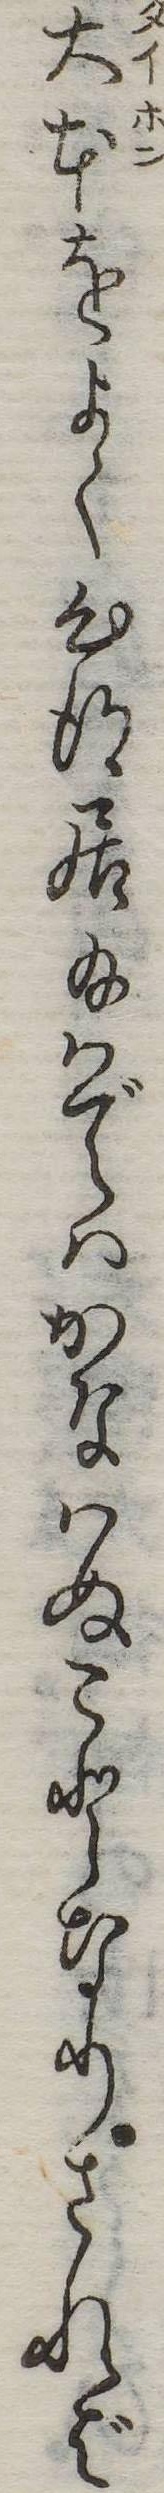
大本をよく心得居給はではかなはぬことなりされば